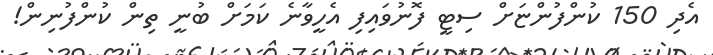
އެދި 150 ކުންފުންޏަށް ސިޓީ ފޮނުވައިފި އެހީވާނެ ކަމަށް ބުނީ ތިން ކުންފުނިން!